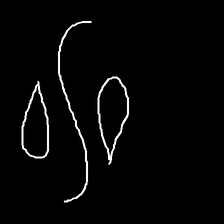
Glyph: water